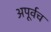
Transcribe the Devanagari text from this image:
अपूर्वच